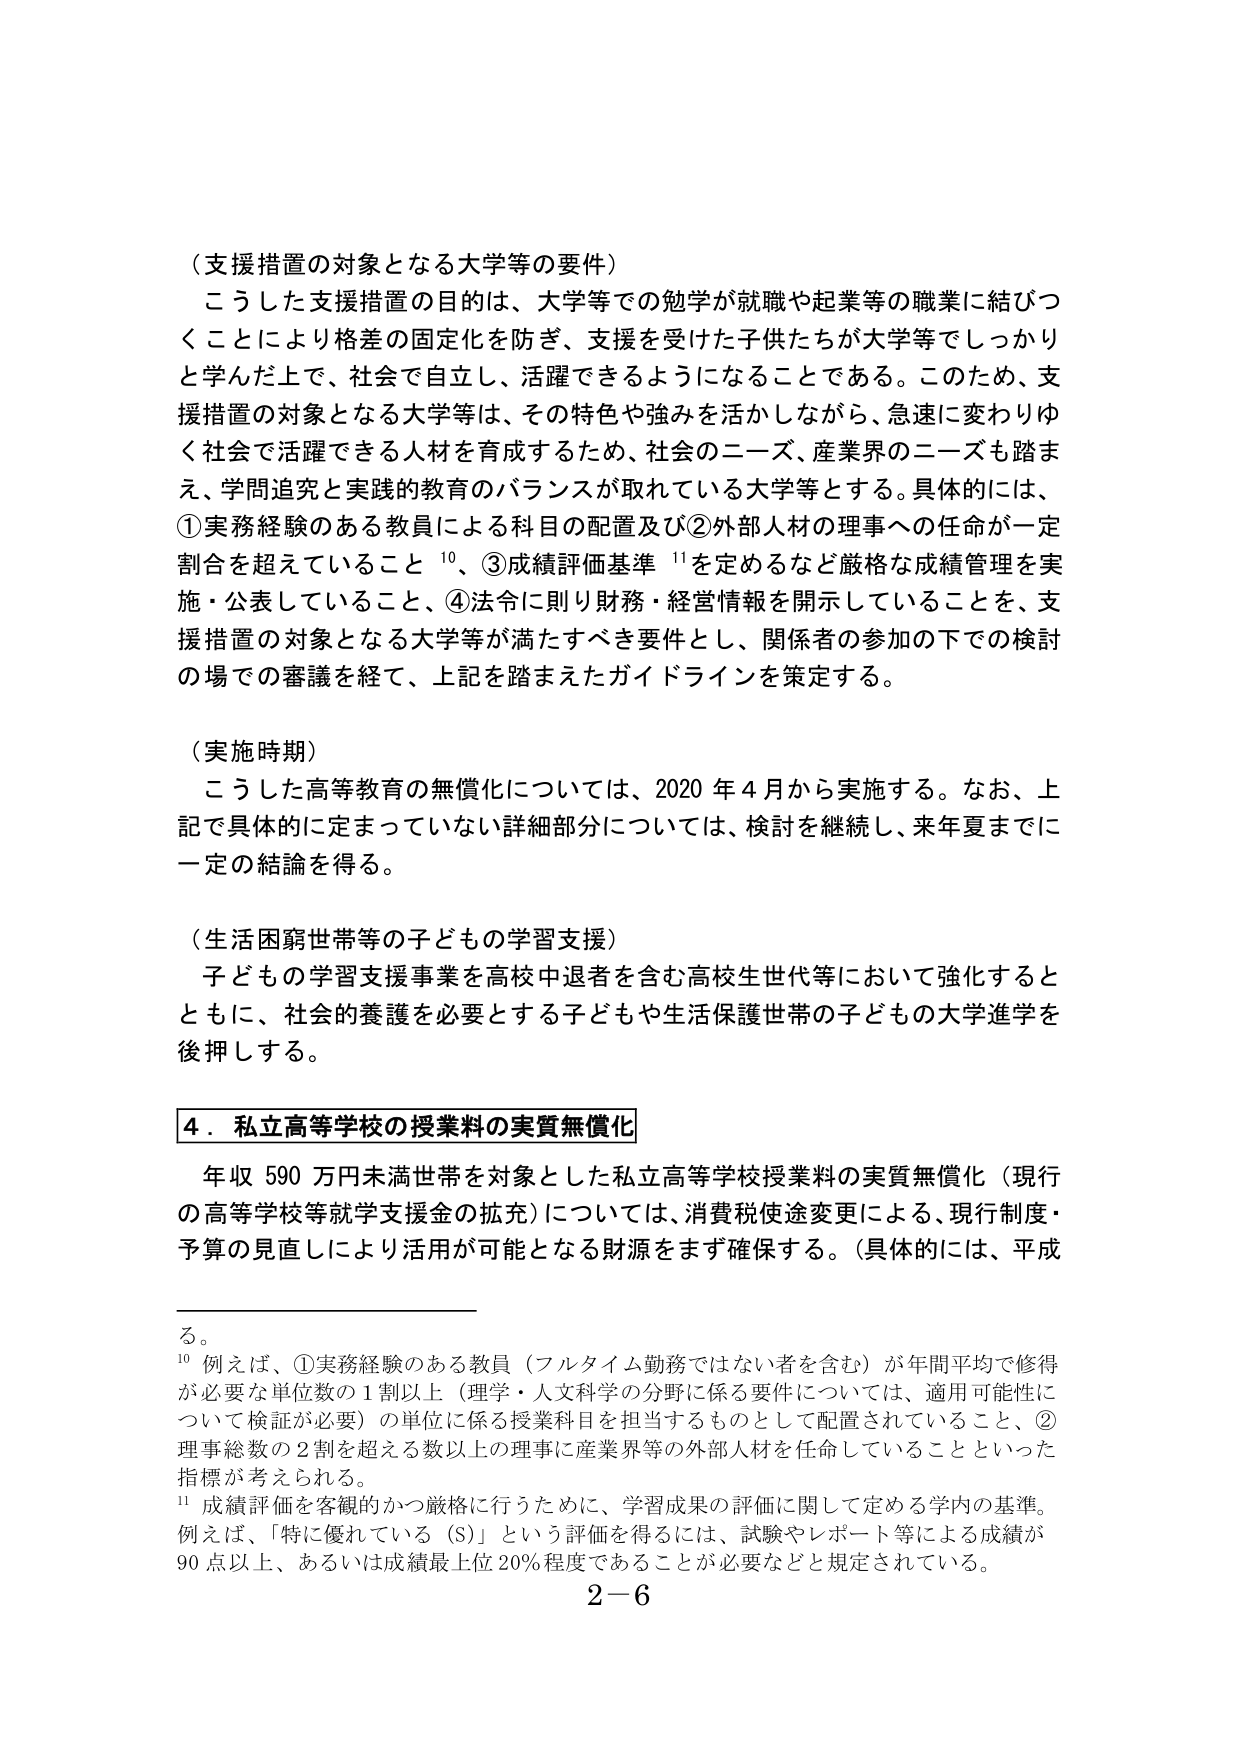
（支援措置の対象となる大学等の要件）
こうした支援措置の目的は、大学等での勉学が就職や起業等の職業に結びつくことにより格差の固定化を防ぎ、支援を受けた子供たちが大学等でしっかり学んだ上で、社会で自立し、活躍できるようになることである。このため、支援措置の対象となる大学等は、その特色や強みを活かしながら、急速に変わりゆく社会で活躍できる人材を育成するため、社会のニーズ、産業界のニーズも踏まえ、学問追究と実践的教育のバランスが取れている大学等とする。具体的には、①実務経験のある教員による科目の配置及び②外部人材の理事への任命が一定割合を超えていること¹⁰、③成績評価基準¹¹を定めるなど厳格な成績管理を実施・公表していること、④法令に則り財務・経営情報を開示していることを、支援措置の対象となる大学等が満たすべき要件とし、関係者の参加の下での検討の場での審議を経て、上記を踏まえたガイドラインを策定する。

（実施時期）
こうした高等教育の無償化については、2020年4月から実施する。なお、上記で具体的に定まっていない詳細部分については、検討を継続し、来年夏までに一定の結論を得る。

（生活困窮世帯等の子どもの学習支援）
子どもの学習支援事業を高校中退者を含む高校生世代等において強化するとともに、社会的養護を必要とする子どもや生活保護世帯の子どもの大学進学を後押しする。

4．私立高等学校の授業料の実質無償化
年収590万円未満世帯を対象とした私立高等学校授業料の実質無償化（現行の高等学校等就学支援金の拡充）については、消費税使途変更による、現行制度・予算の見直しにより活用が可能となる財源をまず確保する。（具体的には、平成

¹⁰ 例えば、①実務経験のある教員（フルタイム勤務ではない者を含む）が年間平均で修得が必要な単位数の1割以上（理学・人文科学の分野に係る要件については、適用可能性について検証が必要）の単位に係る授業科目を担当するものとして配置されていること、②理事総数の2割を超える数以上の理事に産業界等の外部人材を任命していることといった指標が考えられる。
¹¹ 成績評価を客観的かつ厳格に行うために、学習成果の評価に関して定める学内の基準。例えば、「特に優れている（S）」という評価を得るには、試験やレポート等による成績が90点以上、あるいは成績最上位20％程度であることが必要などと規定されている。
2－6